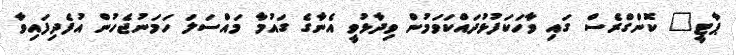
ޕާޓީ" ކޮންގްރެސް ގައި ވާހަކަފުޅުދައްކަވަމުން ވިދާޅުވީ އެނާގެ ގައުމާ މައްސަލަ ހަމަނުޖެހުން އުފެދިފައިވާ